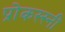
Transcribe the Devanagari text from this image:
प्रोकस्स्नी